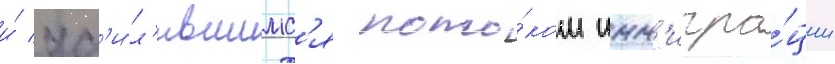
и́ ус'и́л'ившимс'я пото́ком имм'игра́ции